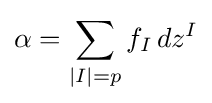
\alpha =\sum _{|I|=p}f_{I}\,dz^{I}